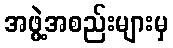
အဖွဲ့အစည်းများမှ